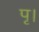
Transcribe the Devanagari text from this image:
पृ।